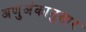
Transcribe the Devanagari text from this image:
अणुअंकानुसार